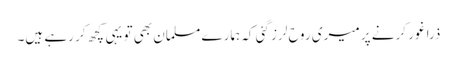
ذرا غور کرنے پر میری روح لرز گئی کہ ہمارے مسلمان بھی تو یہی کچھ کر رہے ہیں۔